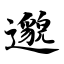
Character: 邈